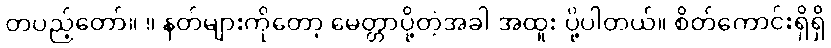
တပည့်တော်။ ။ နတ်များကိုတော့ မေတ္တာပို့တဲ့အခါ အထူး ပို့ပါတယ်။ စိတ်ကောင်းရှိရှိ